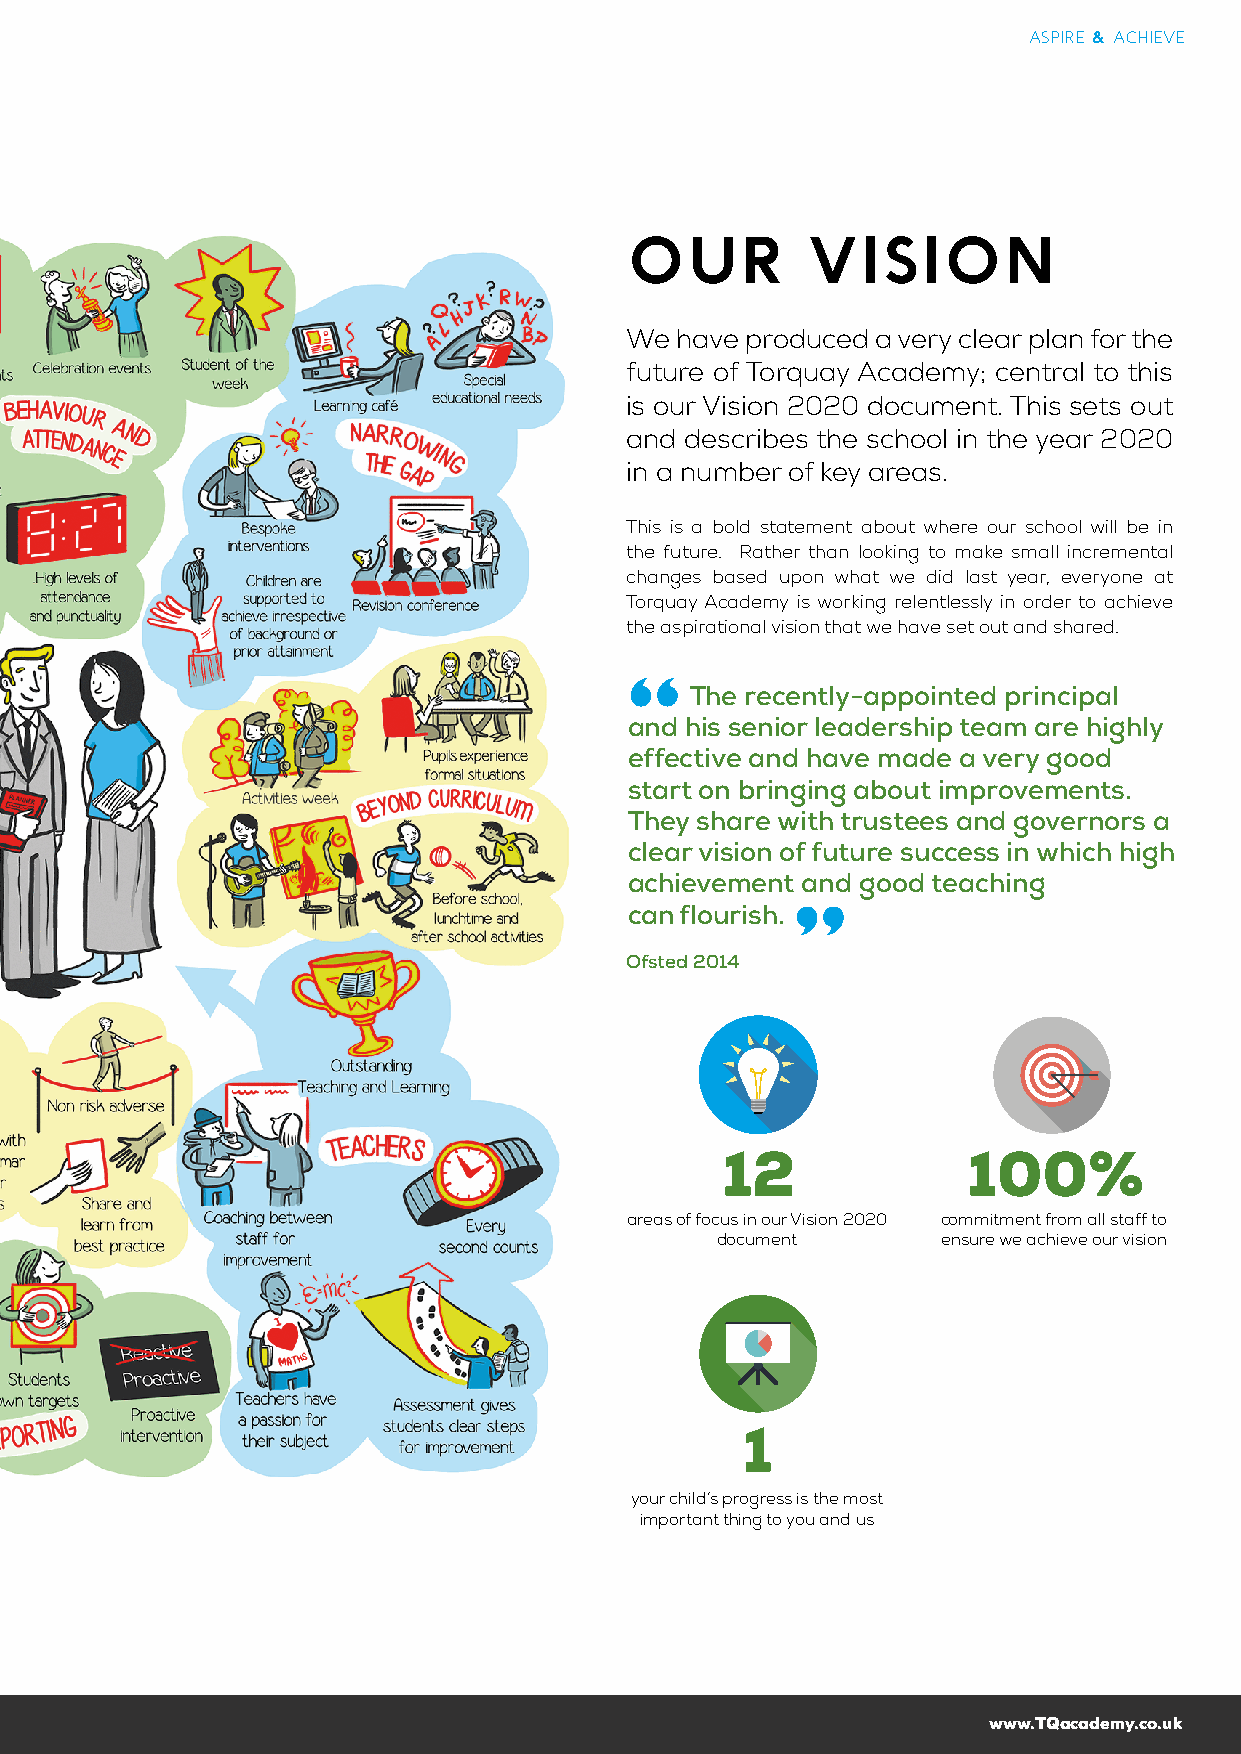
ASPIRE & ACHIEVE
 OUR         VISION
 We  have produced a very clear plan for the
 future of Torquay Academy; central to this
 is our Vision 2020 document. This sets out
 and describes the school in the year 2020
 in a number of key areas.
 This is a bold statement about where our school will be in
 the future. Rather than looking to make small incremental
 changes based upon what we did last year, everyone at
 Torquay Academy is working relentlessly in order to achieve
 the aspirational vision that we have set out and shared.
 The recently-appointed principal
 and his senior leadership team are highly
 effective and have made a very good
 start on bringing about improvements.
 They share with trustees and governors a
 clear vision of future success in which high
 achievement and good teaching
 can flourish.
 Ofsted 2014
 12              100%
 areas of focus in our Vision 2020 commitment from all staff to
 document       ensure we achieve our vision
 1
 your child’s progress is the most
 important thing to you and us
 www.TQacademy.co.uk